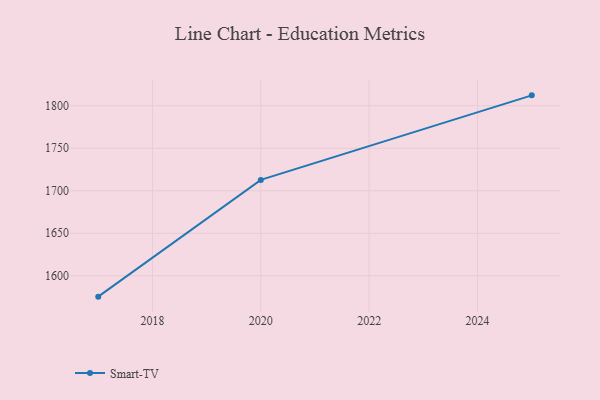
{"axis": {"x": "Year", "y": "Waste Production (Tons)"}, "legend": ["Smart-TV"], "data": [{"x": "2025", "y": 1812.2, "type": "Smart-TV"}, {"x": "2020", "y": 1712.8, "type": "Smart-TV"}, {"x": "2017", "y": 1575.5, "type": "Smart-TV"}]}